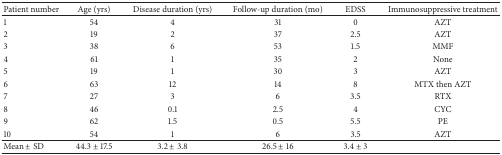
<table><thead><tr><td><b>Patient number</b></td><td><b>Age (yrs)</b></td><td><b>Disease duration (yrs)</b></td><td><b>Follow-up duration (mo)</b></td><td><b>EDSS</b></td><td><b>Immunosuppressive treatment</b></td></tr></thead><tbody><tr><td>1</td><td>54</td><td>4</td><td>31</td><td>0</td><td>AZT</td></tr><tr><td>2</td><td>19</td><td>2</td><td>37</td><td>2.5</td><td>AZT</td></tr><tr><td>3</td><td>38</td><td>6</td><td>53</td><td>1.5</td><td>MMF</td></tr><tr><td>4</td><td>61</td><td>1</td><td>35</td><td>2</td><td>None</td></tr><tr><td>5</td><td>19</td><td>1</td><td>30</td><td>3</td><td>AZT</td></tr><tr><td>6</td><td>63</td><td>12</td><td>14</td><td>8</td><td>MTX then AZT</td></tr><tr><td>7</td><td>27</td><td>3</td><td>6</td><td>3.5</td><td>RTX</td></tr><tr><td>8</td><td>46</td><td>0.1</td><td>2.5</td><td>4</td><td>CYC</td></tr><tr><td>9</td><td>62</td><td>1.5</td><td>0.5</td><td>5.5</td><td>PE</td></tr><tr><td>10</td><td>54</td><td>1</td><td>6</td><td>3.5</td><td>AZT</td></tr><tr><td>Mean ± SD</td><td>44.3 ± 17.5</td><td>3.2 ± 3.8</td><td>26.5 ± 16</td><td>3.4 ± 3</td><td> </td></tr></tbody></table>